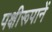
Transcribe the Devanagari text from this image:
पक्षीरूपानें